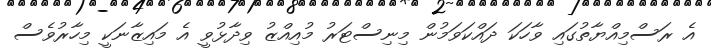
އެ ރަސްމިއްޔާތުގައި ވާހަކަ ދައްކަވަމުން މިނިސްޓަރު މުއިއްޒު ވިދާޅުވީ އެ މައިޒާނަކީ މިހާރުވެސް